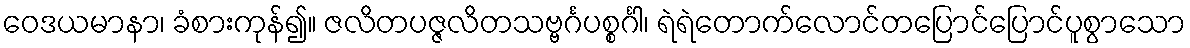
ဝေဒယမာနာ၊ ခံစားကုန်၍။ ဇလိတပဇ္ဇလိတသဗ္ဗင်္ဂပစ္စင်္ဂါ၊ ရဲရဲတောက်လောင်တပြောင်ပြောင်ပူစွာသော